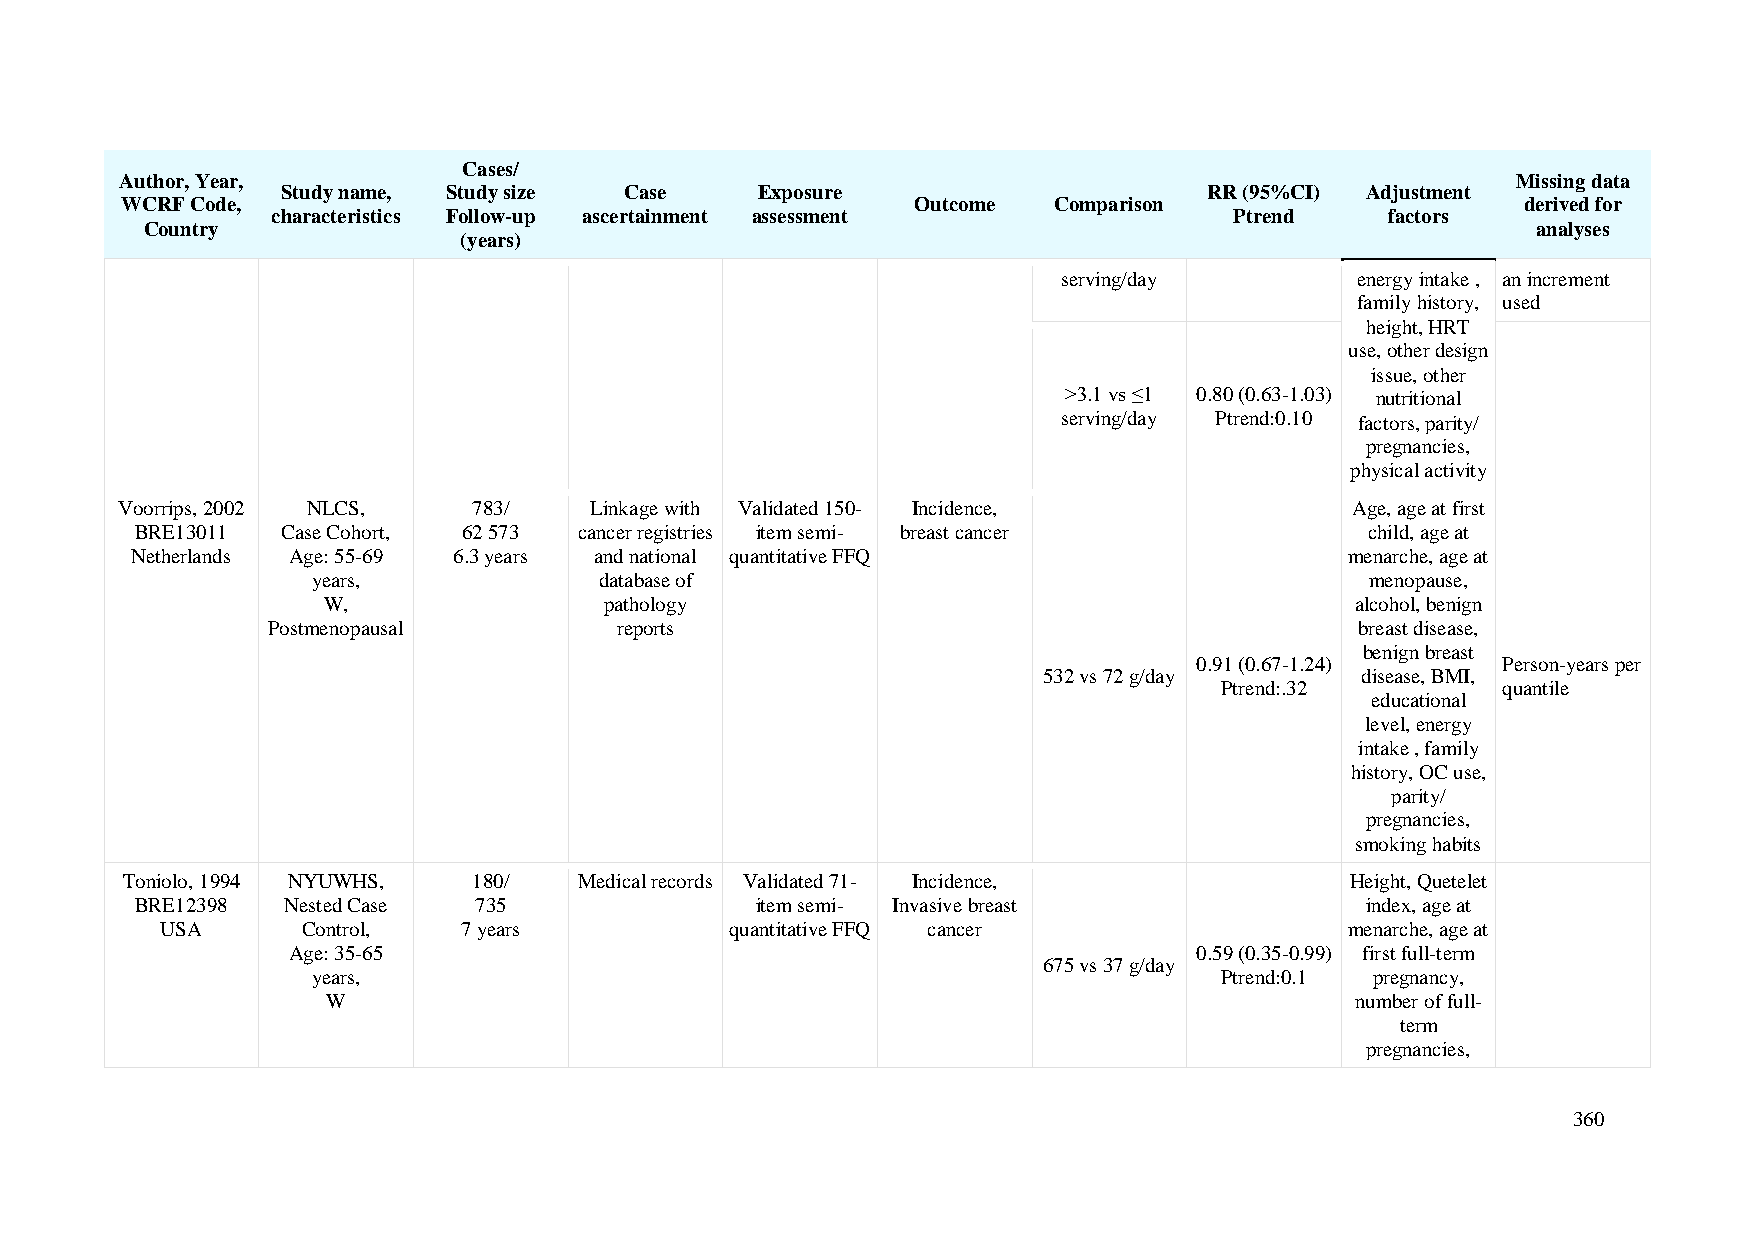
Cases/
 Author, Year,                                                                               Missing data
 Study name, Study size Case    Exposure                      RR (95%CI) Adjustment
 WCRF Code,                                           Outcome  Comparison                     derived for
 characteristics Follow-up ascertainment assessment              Ptrend    factors
 Country                                                                                     analyses
 (years)
 serving/day         energy intake , an increment
 family history, used
 height, HRT
 use, other design
 issue, other
 >3.1 vs ≤1 0.80 (0.63-1.03) nutritional
 serving/day Ptrend:0.10 factors, parity/
 pregnancies,
 physical activity
 Voorrips, 2002 NLCS,   783/    Linkage with Validated 150- Incidence,             Age, age at first
 BRE13011  Case Cohort, 62 573 cancer registries item semi- breast cancer          child, age at
 Netherlands Age: 55-69 6.3 years and national quantitative FFQ                  menarche, age at
 years,             database of                                        menopause,
 W,                 pathology                                         alcohol, benign
 Postmenopausal         reports                                          breast disease,
 benign breast
 0.91 (0.67-1.24)    Person-years per
 532 vs 72 g/day      disease, BMI,
 Ptrend:.32        quantile
 educational
 level, energy
 intake , family
 history, OC use,
 parity/
 pregnancies,
 smoking habits
 Toniolo, 1994 NYUWHS,  180/   Medical records Validated 71- Incidence,           Height, Quetelet
 BRE12398  Nested Case 735                item semi- Invasive breast              index, age at
 USA      Control,   7 years          quantitative FFQ cancer                  menarche, age at
 Age: 35-65                                                  0.59 (0.35-0.99) first full-term
 675 vs 37 g/day
 years,                                                      Ptrend:0.1 pregnancy,
 W                                                                   number of full-
 term
 pregnancies,
 360